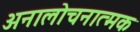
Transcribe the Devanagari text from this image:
अनालोचनात्मक